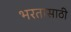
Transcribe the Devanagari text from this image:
भरतासाठी